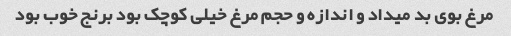
مرغ بوی بد میداد و اندازه و حجم مرغ خیلی کوچک بود برنج خوب بود